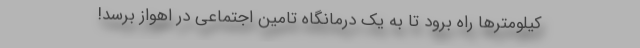
کیلومترها راه برود تا به یک درمانگاه تامین اجتماعی در اهواز برسد!